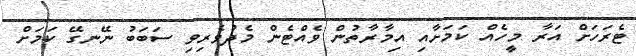
ޓެރަހަށް އަރާ މީހެއް ކަމަށާއި އިމާރާތުން ވެއްޓެން މެދުވެރިވި ސަބަބު ނޭނގޭ ކަމަށް